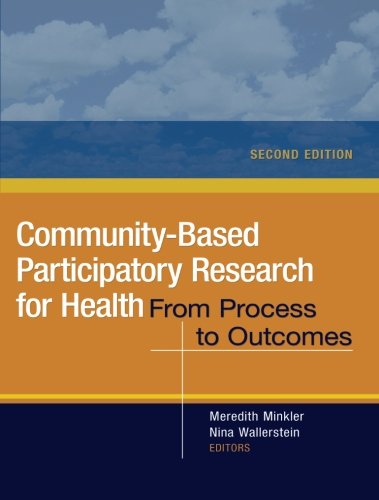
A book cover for Community-Based Participatory Research for Health: From Process to Outcomes; Medical Books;